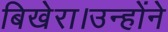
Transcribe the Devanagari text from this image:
बिखेरा।उन्होंने